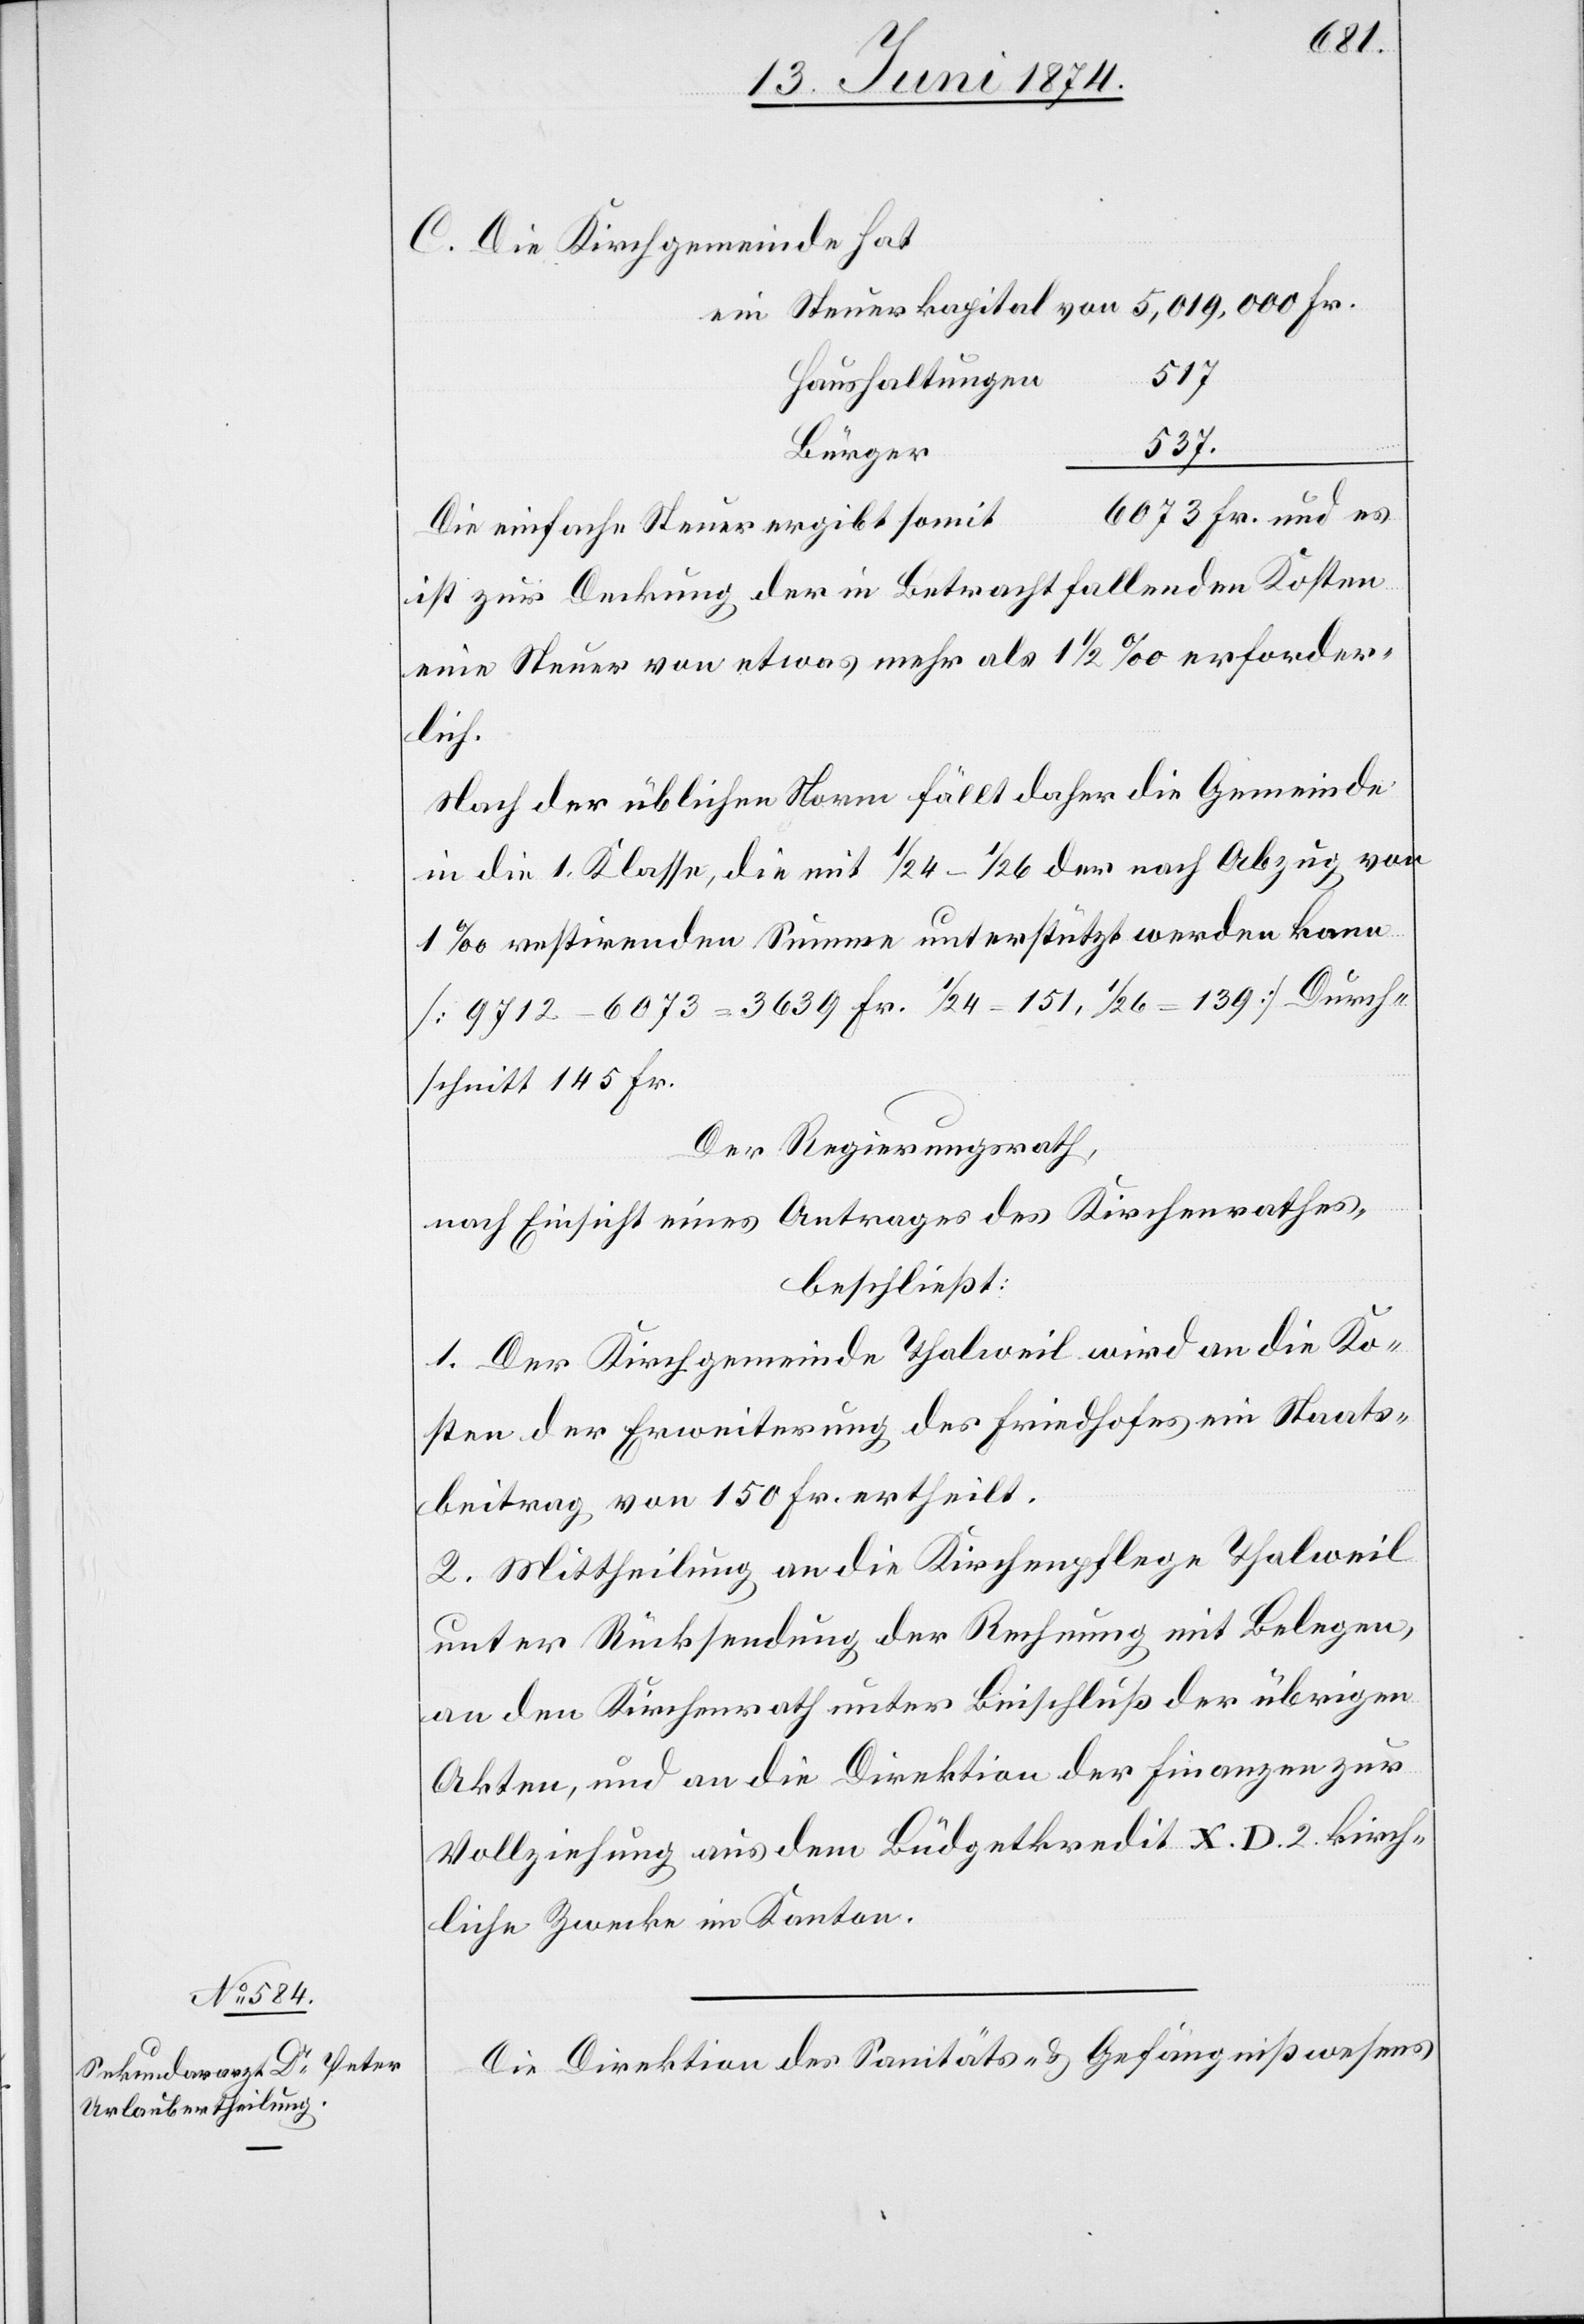
C. Die Kirchgemeinde hat
5,019,000 Fr.
ein Steuerkapital von
517
Haushaltungen
537.
6073 Fr. und es
Die einfache Steuer ergibt somit
ist zur Deckung der in Betracht fallenden Kosten
eine Steuer von etwas mehr als 1 1/2‰ erforder¬
lich.
Nach der üblichen Norm fällt daher die Gemeinde
in die 1. Klasse, die mit 1/24–1/26 der nach Abzug von
1‰ restirenden Summe unterstützt werden kann
[9712 – 6073 = 3639 Fr. 1/24 = 151, 1/26 = 139] Durch¬
schnitt 145 Fr.
Der Regierungsrath,
nach Einsicht eines Antrages des Kirchenrathes,
beschließt:
1. Der Kirchgemeinde Thalweil wird an die Ko¬
sten der Erweiterung des Friedhofes ein Staats¬
beitrag von 150 Fr. ertheilt.
2. Mittheilung an die Kirchenpflege Thalweil
unter Rücksendung der Rechnung mit Belegen,
an den Kirchenrath unter Beischluß der übrigen
Akten, und an die Direktion der Finanzen zur
Vollziehung aus dem Büdgetkredit X. D. 2 kirch¬
liche Zwecke im Kanton.
Die Direktion des Sanitäts- u. Gefängnißwesens